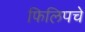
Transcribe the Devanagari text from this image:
फिलिपचे